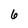
Character: 6